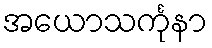
အယောသင်္ကုနာ